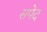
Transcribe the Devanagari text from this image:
सपेद